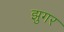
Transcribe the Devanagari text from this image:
झुगर